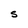
Character: S